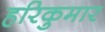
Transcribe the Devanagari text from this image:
हरिकुमार